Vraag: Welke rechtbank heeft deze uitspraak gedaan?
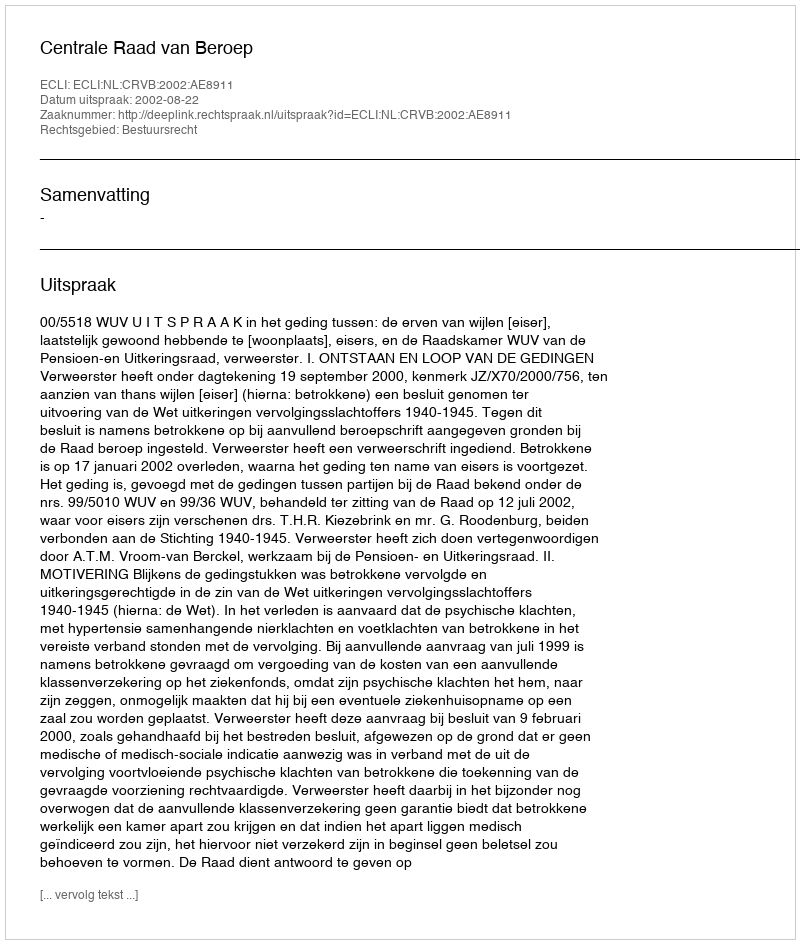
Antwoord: Centrale Raad van Beroep